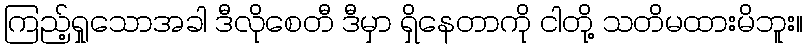
ကြည့်ရှုသောအခါ ဒီလိုစေတီ ဒီမှာ ရှိနေတာကို ငါတို့ သတိမထားမိဘူး။